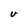
Character: U